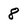
Character: 8